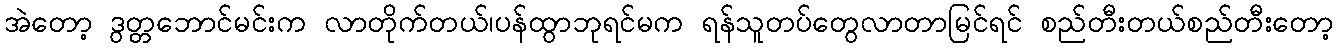
အဲတော့ ဒွတ္တဘောင်မင်းက လာတိုက်တယ်၊ပန်ထွာဘုရင်မက ရန်သူတပ်တွေလာတာမြင်ရင် စည်တီးတယ်စည်တီးတော့